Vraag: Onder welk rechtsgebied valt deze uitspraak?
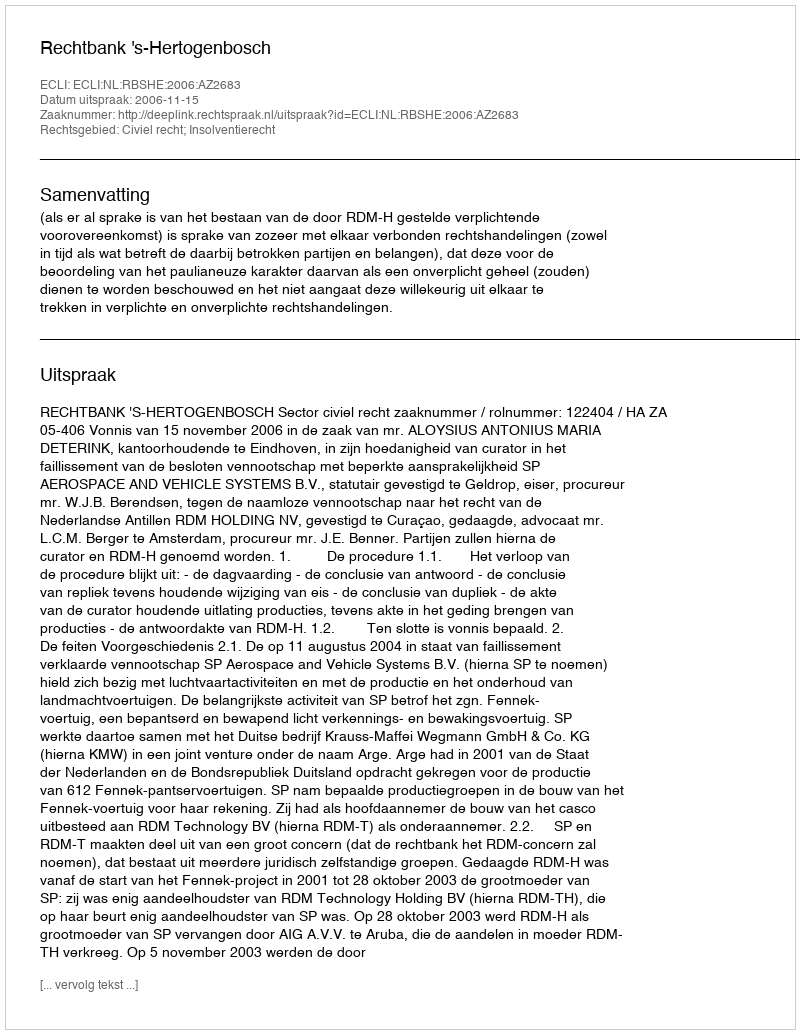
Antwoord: Civiel recht; Insolventierecht